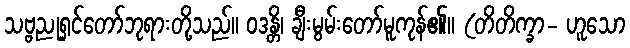
သဗ္ဗညုရှင်တော်ဘုရားတို့သည်။ ဝဒန္တိ၊ ချီးမွမ်းတော်မူကုန်၏။ (တိတိက္ခာ- ဟူသော